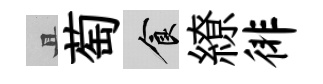
且萄食繚徘